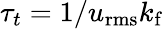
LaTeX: \tau_{t}=1/u_{\mathrm{rms}}k_{\mathrm{f}}